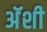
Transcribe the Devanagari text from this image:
अॅशी